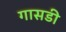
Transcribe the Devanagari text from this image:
गासडी